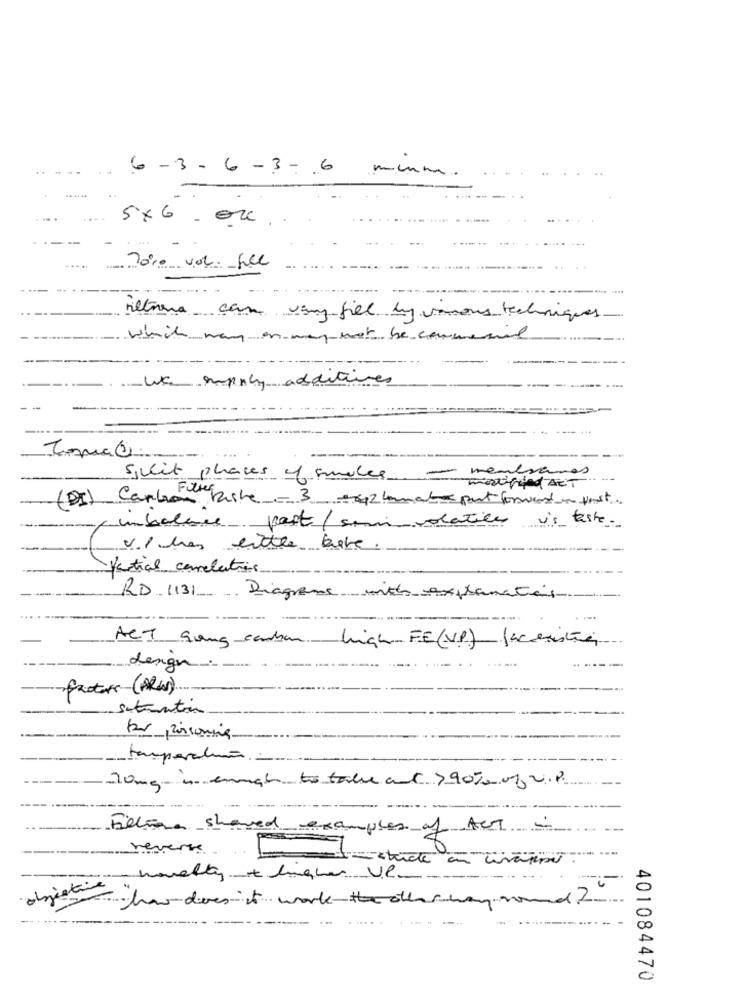
6-3-6-3-6 min.
-
5x6 . ou
--
....
.....
Poso vor fel
filtrena can varyfiel dy vanous techniques
which may on may wat be commend
WC empoly additives
....
spilit places of smales
- menbrane
mastifine ART
(DI) Canción Riche-3 -2 hemmates port forward post.
unbalance post/sin volatiles
u's taste -
V./ has little bete
Partial carelations
RD 1131 Diagrams with explanates
ACT gong-carbon high- FE(VP) fac existing
dengn
Situation
br ,poisoning
tamperche-
10mg à emal to table ant > 90% of vip.
Felina shaved examples of ACT
reverse
howdoes it work
--
-
401084470